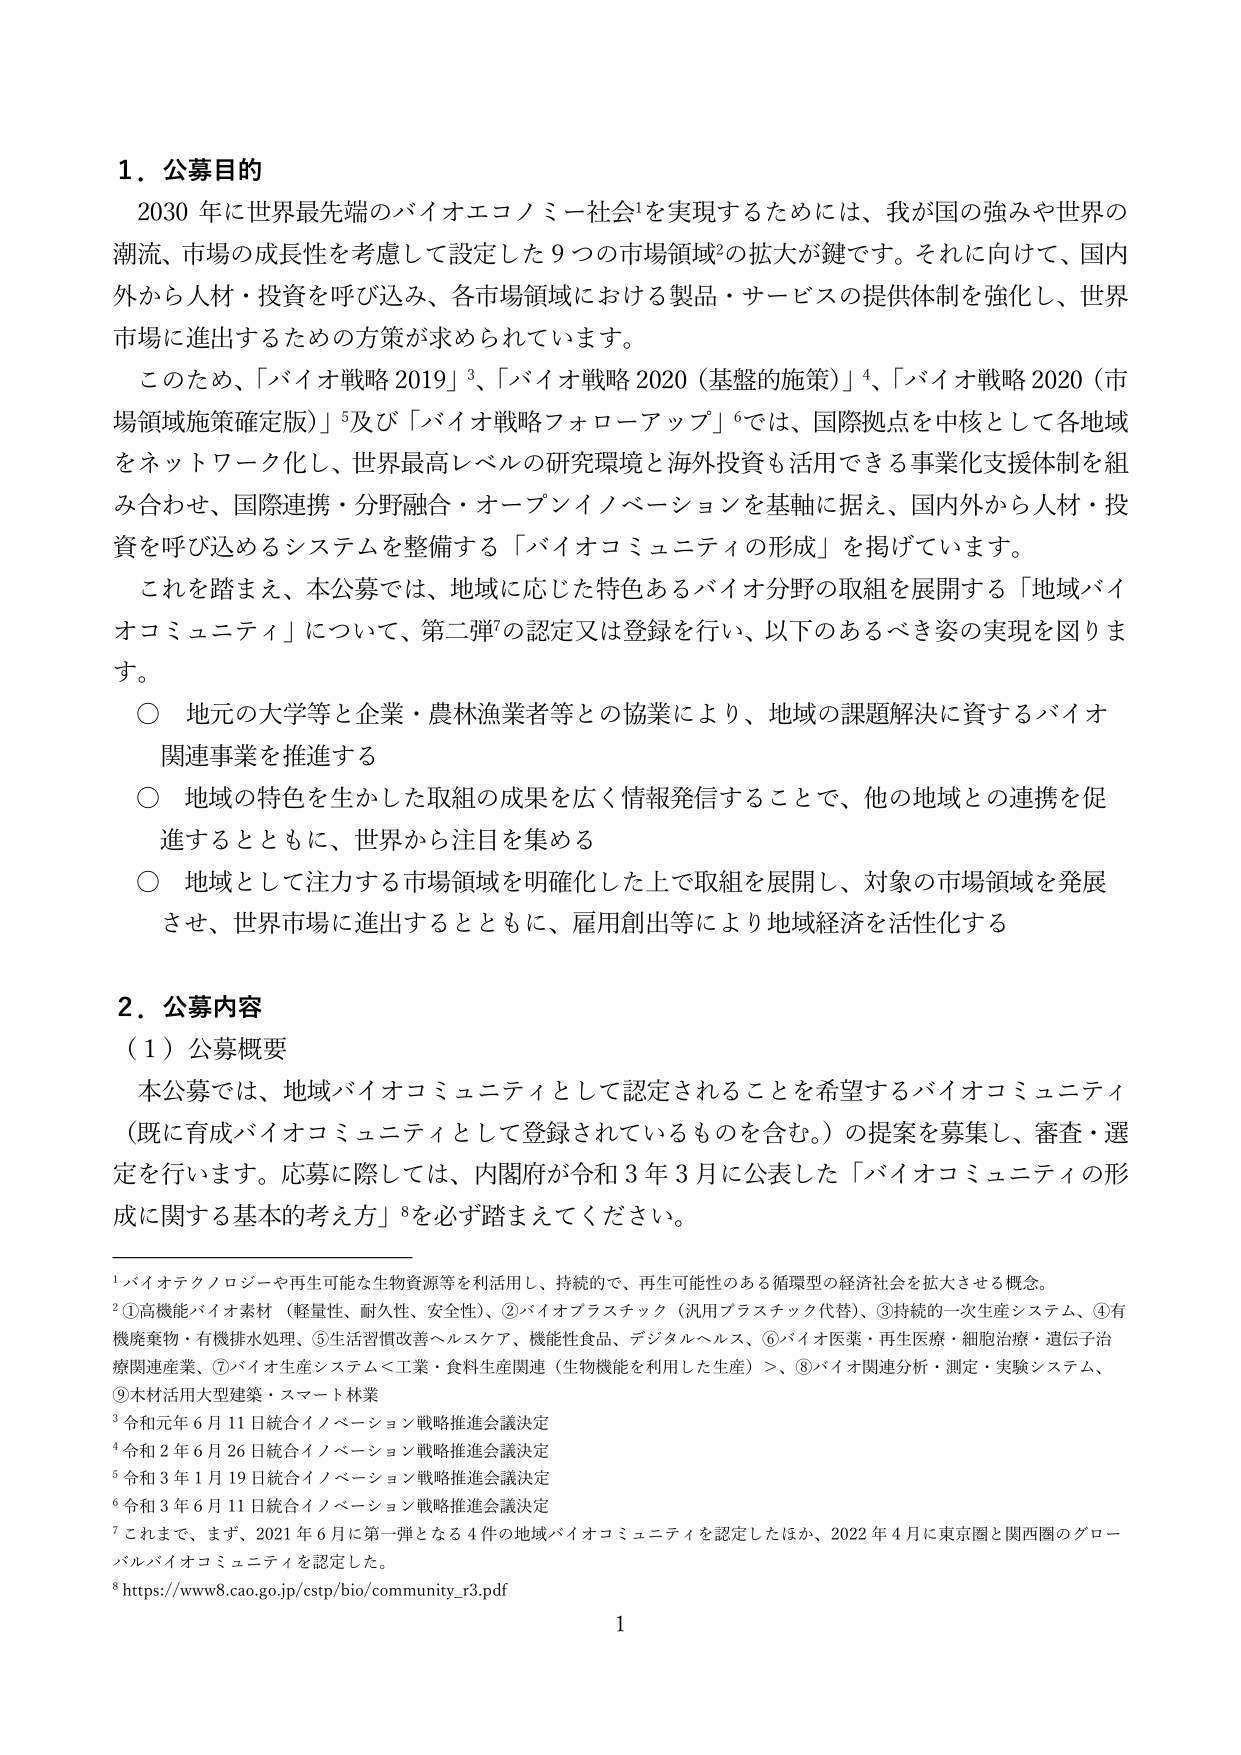
1. 公募目的
2030年に世界最先端のバイオエコノミー社会¹を実現するためには、我が国の強みや世界の潮流、市場の成長性を考慮して設定した9つの市場領域²の拡大が鍵です。それに向けて、国内外から人材・投資を呼び込み、各市場領域における製品・サービスの提供体制を強化し、世界市場に進出するための方策が求められています。
このため、「バイオ戦略2019」³、「バイオ戦略2020（基盤的施策）」⁴、「バイオ戦略2020（市場領域施策確定版）」⁵及び「バイオ戦略フォローアップ」⁶では、国際拠点を中核として各地域をネットワーク化し、世界最高レベルの研究環境と海外投資も活用できる事業化支援体制を組み合わせ、国際連携・分野融合・オープンイノベーションを基軸に据え、国内外から人材・投資を呼び込めるシステムを整備する「バイオコミュニティの形成」を掲げています。
これを踏まえ、本公募では、地域に応じた特色あるバイオ分野の取組を展開する「地域バイオコミュニティ」について、第二弾⁷の認定又は登録を行い、以下のあるべき姿の実現を図ります。
○ 地元の大学等と企業・農林漁業者等との協業により、地域の課題解決に資するバイオ関連事業を推進する
○ 地域の特色を生かした取組の成果を広く情報発信することで、他の地域との連携を促進するとともに、世界から注目を集める
○ 地域として注力する市場領域を明確化した上で取組を展開し、対象の市場領域を発展させ、世界市場に進出するとともに、雇用創出等により地域経済を活性化する

2. 公募内容
（1）公募概要
本公募では、地域バイオコミュニティとして認定されることを希望するバイオコミュニティ（既に育成バイオコミュニティとして登録されているものを含む。）の提案を募集し、審査・選定を行います。応募に際しては、内閣府が令和3年3月に公表した「バイオコミュニティの形成に関する基本的考え方」⁸を必ず踏まえてください。

¹ バイオテクノロジーや再生可能な生物資源等を活用し、持続的で、再生可能性のある循環型の経済社会を拡大させる概念。
² ①高機能バイオ素材（軽量性、耐久性、安全性）、②バイオプラスチック（汎用プラスチック代替）、③持続的⼀次⽣産システム、④有機廃棄物・有機排水処理、⑤生活習慣改善ヘルスケア・機能性食品、デジタルヘルス、⑥バイオ医薬・再生医療・細胞治療・遺伝子治療関連産業、⑦バイオ生産システム＜工業・食料生産関連（生物機能を利用した生産）＞、⑧バイオ関連分析・測定・実験システム、⑨木材活用大型建築・スマート林業
³ 令和元年6月11日統合イノベーション戦略推進会議決定
⁴ 令和2年6月26日統合イノベーション戦略推進会議決定
⁵ 令和3年1月19日統合イノベーション戦略推進会議決定
⁶ 令和3年6月11日統合イノベーション戦略推進会議決定
⁷ これまで、まず、2021年6月に第一弾となる4件の地域バイオコミュニティを認定したほか、2022年4月に東京圏と関西圏のグローバルバイオコミュニティを認定した。
⁸ https://www8.cao.go.jp/cstp/bio/community_r3.pdf

1